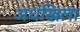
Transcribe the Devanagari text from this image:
अधखिला